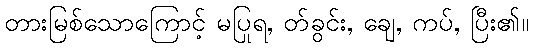
တားမြစ်သောကြောင့် မပြုရ, တ်ခွင်း, ချေ, ကပ်, ပြီး၏။